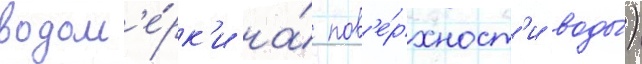
водом'е́рк'и на́ пов'е́рхност'и воды́)